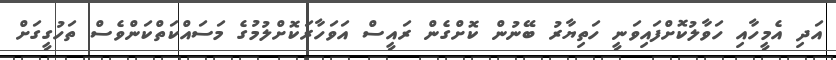
އަދި އެމީހާއި ހަވާލުކޮށްފައިވަނީ ހަތިޔާރު ބޭނުން ކޮށްގެން ރައީސް އަވަހާރަކޮށްލުމުގެ މަސައްކަތްކަންވެސް ތަހުގީގަށް